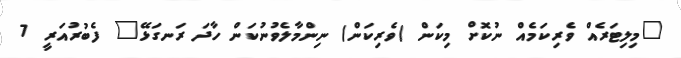
"މިލިޓަރެއް ވެރިކަމެއް ނުކޮށް މިކަން (ވެރިކަން) ނިންމާލެވުނުކަން ހާދަ ރަނގަޅޭ" ފެބުރުއަރީ 7